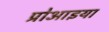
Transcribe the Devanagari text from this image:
प्रोआइया